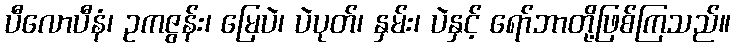
ပီလောပီနံ၊ ဥကဇွန်း၊ မြေပဲ၊ ပဲပုတ်၊ နှမ်း၊ ပဲနှင့် ရော်ဘာတို့ဖြစ်ကြသည်။